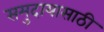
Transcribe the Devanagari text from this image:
समुदायासाठी